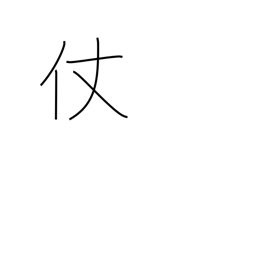
Meaning: stick